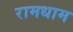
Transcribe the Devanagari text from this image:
रामधाम